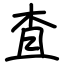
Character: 査